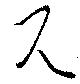
見